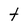
Character: t